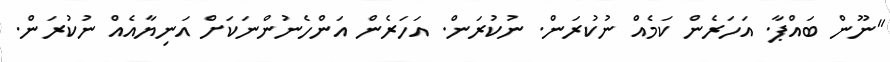
"ނޫން ބައްޕާ. އަހަރެން ކަމެއް ނުކުރަން. ނުކުރަން. އަހަރެން އަންހެނުންނަކަށް އަނިޔާއެއް ނުކުރަން.